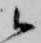
候